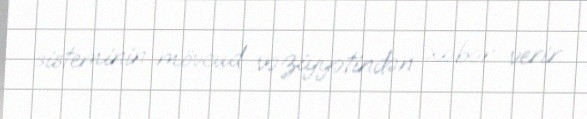
sisteminin mövcud vəziyyətindən xəbər verir.